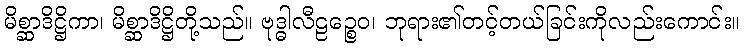
မိစ္ဆာဒိဋ္ဌိကာ၊ မိစ္ဆာဒိဋ္ဌိတို့သည်။ ဗုဒ္ဓါလီဠဉ္စေဝ၊ ဘုရား၏တင့်တယ်ခြင်းကိုလည်းကောင်း။